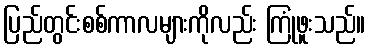
ပြည်တွင်းစစ်ကာလများကိုလည်း ကြုံဖူးသည်။